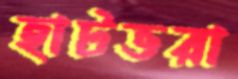
হাটভরা